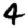
Digit: 4